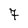
Character: 7